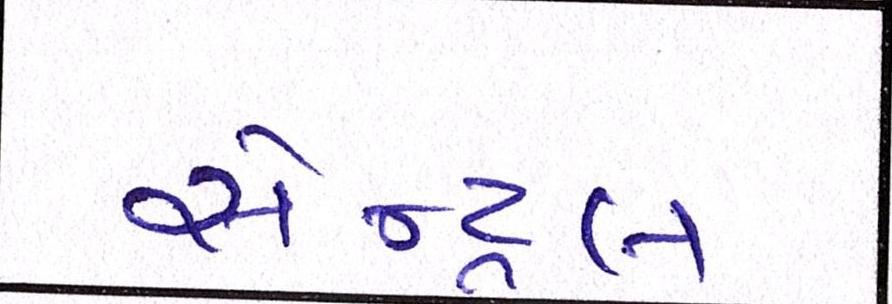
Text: સેન્ટ્રલ